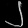
Digit: ၂